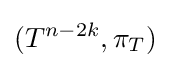
(T^{n-2k},\pi _{T})